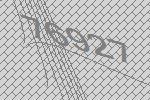
76927